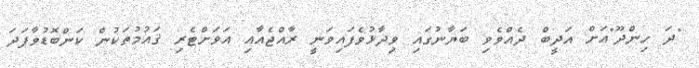
"ދަ ހިންދޫ"އަށް އަދީބް ދެއްވެވި ބަޔާނުގައި ވިދާޅުވެފައިވަނީ ރާއްޖެއާއި އަވަށްޓެރި ޤައުމުތަކުން ކަންބޮޑުވާފަދަ